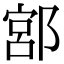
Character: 𨜳